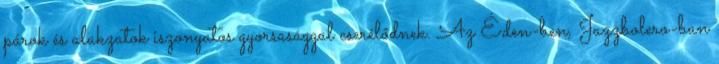
párok és alakzatok iszonyatos gyorsasággal cserélődnek. Az Éden-ben, Jazzbolero-ban